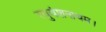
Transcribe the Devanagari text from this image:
रघुवंशनाथम।